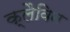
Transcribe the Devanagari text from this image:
क्लैविन